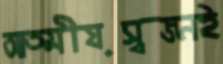
আত্মীয়স্বজনই